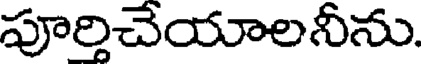
పూర్తిచేయాలనీను.